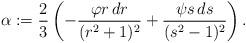
LaTeX: \begin{gather*}\alpha := \frac{2}{3}\left(-\frac{\varphi r\,dr}{(r^2 + 1)^2} + \frac{\psi s\,ds}{(s^2 - 1)^2}\right) .\end{gather*}